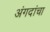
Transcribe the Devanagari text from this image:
अंगदांचा